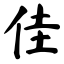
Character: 佳